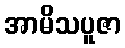
အာမိသပူဇာ